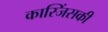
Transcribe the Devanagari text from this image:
कास्जिंसकी